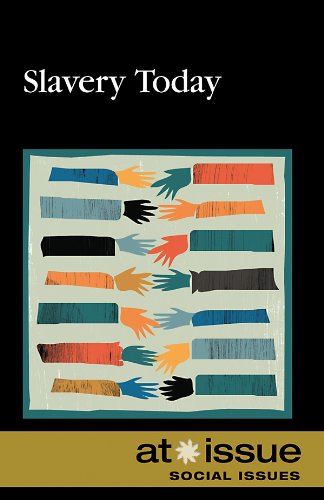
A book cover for Slavery Today (At Issue Series); Ronald D.  Jr. Lankford; Teen & Young Adult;